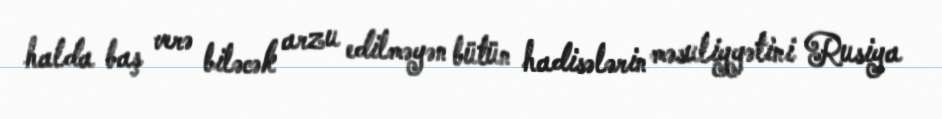
halda baş verə biləcək arzu edilməyən bütün hadisələrin məsuliyyətini Rusiya